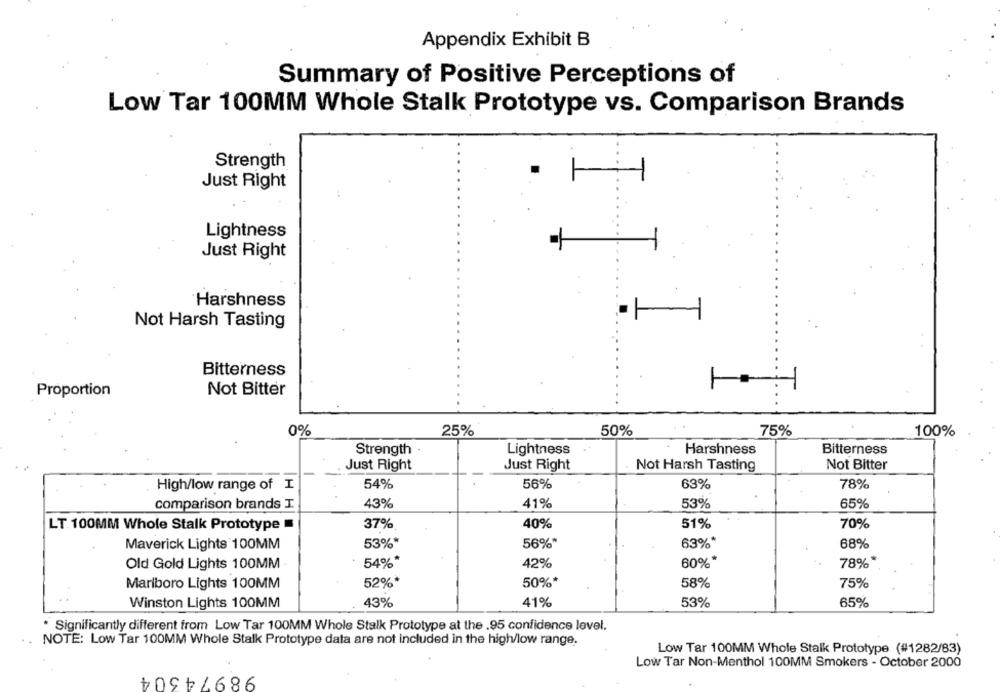
Appendix Exhibit B
Summary of Positive Perceptions of
Low Tar 100MM Whole Stalk Prototype vs. Comparison Brands
Strength
Just Right
Lightness
Just Right
Harshness
Not Harsh Tasting
Bitterness
Proportion
Not Bitter
0%
25%
50%
75%
100%
Strength ·
Bitterness
Lightness
Harshness
Just Right
Just Right
Not Harsh Tasting
Not Bitter
54%
56%
63%
78%
High/low range of I
comparison brands I.
43%
41%
53%
65%
37%
40%
51%
70%
LT. 100MM Whole Stalk Prototype
Maverick Lights 100MM
53%*
56%*
63%*
68%
Old Gold Lights 100MM
54%*
42%
60%
78%*
Marlboro Lights 100MM
52%*
50%*
58%
75%
Winston Lights 100MM
43%
41%
53%
65%
* Significantly different from Low Tar 100MM Whole Stalk Prototype at the .95 confidence level.
..
NOTE: Low Tar 100MM Whole Stalk Prototype data are not included in the high/low range.
Low Tar 100MM Whole Stalk Prototype (#1282/83)
Low Tar Non-Menthol 100MM Smokers - October 2000
98974304